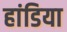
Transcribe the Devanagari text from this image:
हांडिया